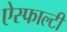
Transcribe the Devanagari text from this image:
ऐस्फाल्टी